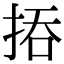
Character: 㧷